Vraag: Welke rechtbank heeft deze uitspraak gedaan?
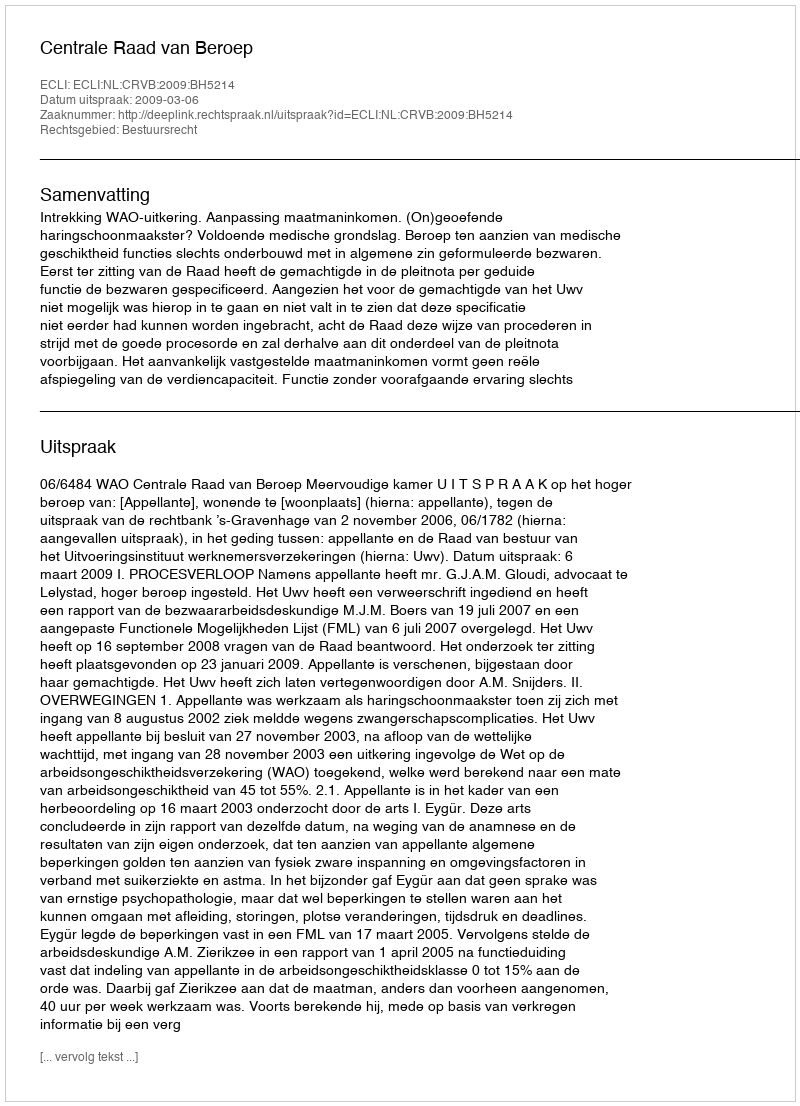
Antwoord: Centrale Raad van Beroep